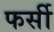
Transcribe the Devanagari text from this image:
फर्सी